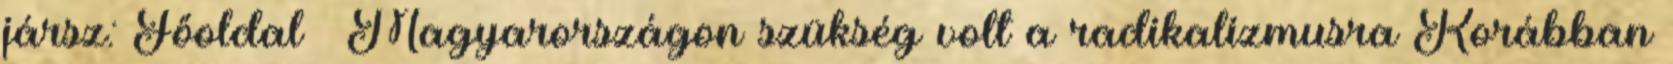
jársz: Főoldal » Magyarországon szükség volt a radikalizmusra Korábban